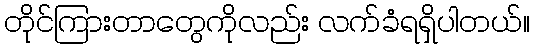
တိုင်ကြားတာတွေကိုလည်း လက်ခံရရှိပါတယ်။